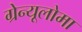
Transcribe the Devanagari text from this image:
ग्रेन्यूलोमा